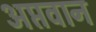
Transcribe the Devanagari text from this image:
अप्तवान